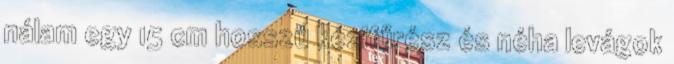
nálam egy 15 cm hosszú kézifűrész és néha levágok